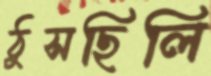
ঠুসছিলি